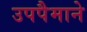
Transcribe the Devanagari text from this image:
उपपैमाने